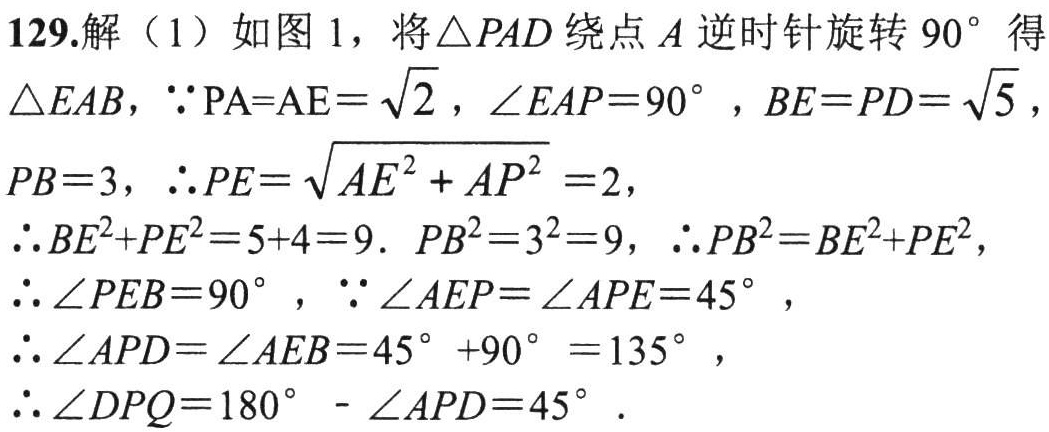
129.解（1）如图1，将\(\triangle PAD\)绕点\(A\)逆时针旋转\(90^{\circ}\)得
\(\triangle EAB\)，\(\because\mathrm{PA}=\mathrm{AE}=\sqrt{2}\)，\(\angle EAP = 90^{\circ}\)，\(BE = PD=\sqrt{5}\)，
\(PB = 3\)，\(\therefore PE=\sqrt{AE^{2}+AP^{2}} = 2\)，
\(\therefore BE^{2}+PE^{2}=5 + 4 = 9\). \(PB^{2}=3^{2}=9\)，\(\therefore PB^{2}=BE^{2}+PE^{2}\)，
\(\therefore\angle PEB = 90^{\circ}\)，\(\because\angle AEP=\angle APE = 45^{\circ}\)，
\(\therefore\angle APD=\angle AEB = 45^{\circ}+90^{\circ}=135^{\circ}\)，
\(\therefore\angle DPQ = 180^{\circ}-\angle APD = 45^{\circ}\).